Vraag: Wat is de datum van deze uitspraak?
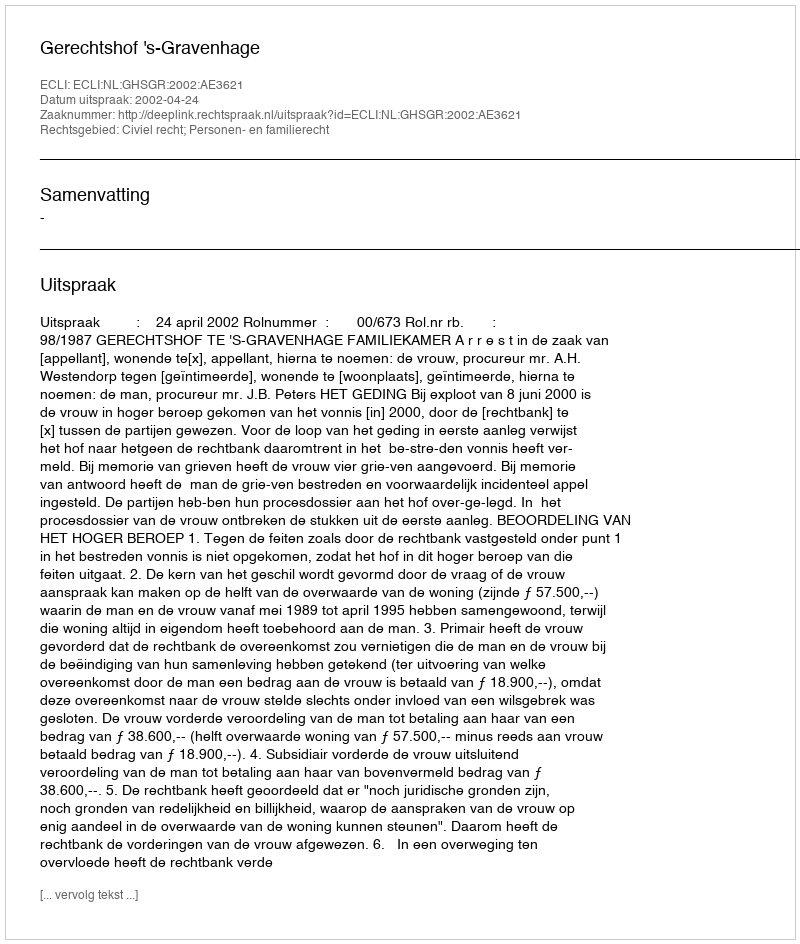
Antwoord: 2002-04-24